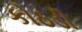
કોઠડી